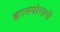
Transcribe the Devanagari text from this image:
ज्ञानयोगाचे